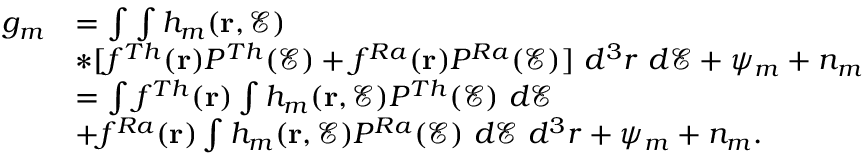
\begin{array} { r l } { g _ { m } } & { = \int \int h _ { m } ( \mathbf { r } , \mathcal { E } ) } \\ & { * [ f ^ { T h } ( \mathbf { r } ) P ^ { T h } ( \mathcal { E } ) + f ^ { R a } ( \mathbf { r } ) P ^ { R a } ( \mathcal { E } ) ] ~ d ^ { 3 } r ~ d \mathcal { E } + \psi _ { m } + n _ { m } } \\ & { = \int f ^ { T h } ( \mathbf { r } ) \int h _ { m } ( \mathbf { r } , \mathcal { E } ) P ^ { T h } ( \mathcal { E } ) ~ d \mathcal { E } } \\ & { + f ^ { R a } ( \mathbf { r } ) \int h _ { m } ( \mathbf { r } , \mathcal { E } ) P ^ { R a } ( \mathcal { E } ) ~ d \mathcal { E } ~ d ^ { 3 } r + \psi _ { m } + n _ { m } . } \end{array}